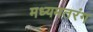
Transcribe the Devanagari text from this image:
मध्यमतरंग